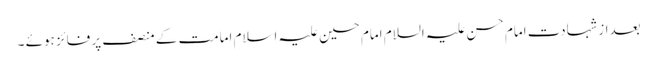
بعداز شہادت امام حسن علیہ السلام امام حسین علیہ اسلام امامت کے منصف پر فائز ہوئے ۔